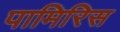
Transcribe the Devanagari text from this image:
पामिरिस